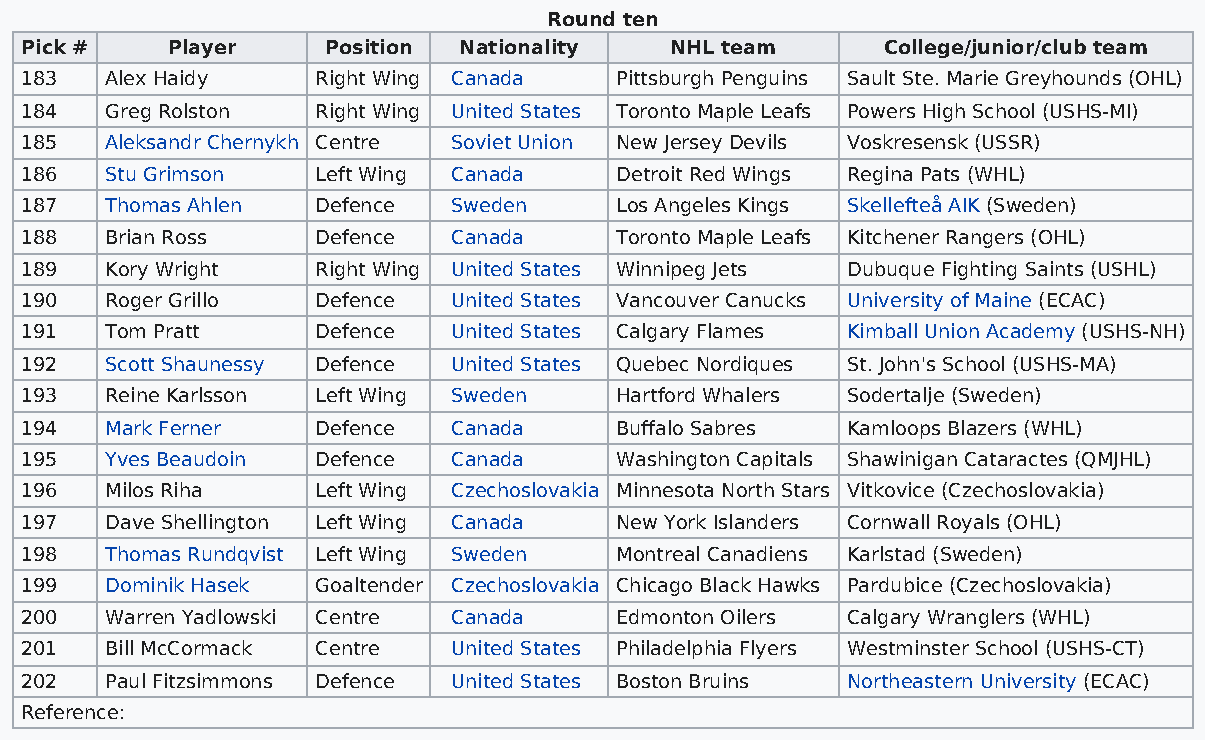
Round ten
 Pick #    Player    Position Nationality   NHL team      College/junior/club team
 183   Alex Haidy    Right Wing Canada   Pittsburgh Penguins Sault Ste. Marie Greyhounds (OHL)
 184   Greg Rolston  Right Wing United States Toronto Maple Leafs Powers High School (USHS-MI)
 185   Aleksandr Chernykh Centre Soviet Union New Jersey Devils Voskresensk (USSR)
 186   Stu Grimson   Left Wing Canada    Detroit Red Wings Regina Pats (WHL)
 187   Thomas Ahlen  Defence  Sweden     Los Angeles Kings Skellefteå AIK (Sweden)
 188   Brian Ross    Defence  Canada     Toronto Maple Leafs Kitchener Rangers (OHL)
 189   Kory Wright   Right Wing United States Winnipeg Jets Dubuque Fighting Saints (USHL)
 190   Roger Grillo  Defence  United States Vancouver Canucks University of Maine (ECAC)
 191   Tom Pratt     Defence  United States Calgary Flames Kimball Union Academy (USHS-NH)
 192   Scott Shaunessy Defence United States Quebec Nordiques St. John's School (USHS-MA)
 193   Reine Karlsson Left Wing Sweden   Hartford Whalers Sodertalje (Sweden)
 194   Mark Ferner   Defence  Canada     Buffalo Sabres Kamloops Blazers (WHL)
 195   Yves Beaudoin Defence  Canada     Washington Capitals Shawinigan Cataractes (QMJHL)
 196   Milos Riha    Left Wing Czechoslovakia Minnesota North Stars Vitkovice (Czechoslovakia)
 197   Dave Shellington Left Wing Canada New York Islanders Cornwall Royals (OHL)
 198   Thomas Rundqvist Left Wing Sweden Montreal Canadiens Karlstad (Sweden)
 199   Dominik Hasek Goaltender Czechoslovakia Chicago Black Hawks Pardubice (Czechoslovakia)
 200   Warren Yadlowski Centre Canada    Edmonton Oilers Calgary Wranglers (WHL)
 201   Bill McCormack Centre  United States Philadelphia Flyers Westminster School (USHS-CT)
 202   Paul Fitzsimmons Defence United States Boston Bruins Northeastern University (ECAC)
 Reference: